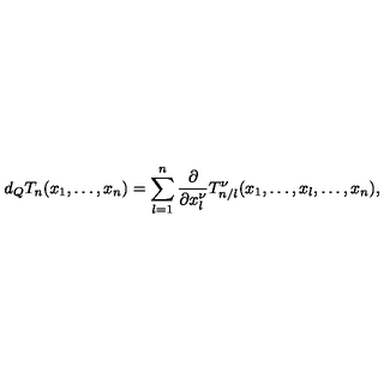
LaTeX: d _ { Q } T _ { n } ( x _ { 1 } , \ldots , x _ { n } ) = \sum _ { l = 1 } ^ { n } \frac { \partial } { \partial x _ { l } ^ { \nu } } T _ { n / l } ^ { \nu } ( x _ { 1 } , \ldots , x _ { l } , \ldots , x _ { n } ) ,